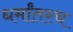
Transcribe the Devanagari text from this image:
धर्मांतरच